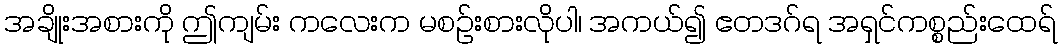
အချိုးအစားကို ဤကျမ်း ကလေးက မစဉ်းစားလိုပါ၊ အကယ်၍ ဧတဒဂ်ရ အရှင်ကစ္စည်းထေရ်